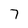
Character: 7